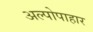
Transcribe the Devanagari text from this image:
अल्पोपाहार